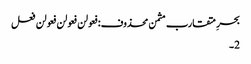
بحرِ متقارب مثمن محذوف:فعولن فعولن فعولن فعل
2۔